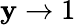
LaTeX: \mathbf{y}\rightarrow1